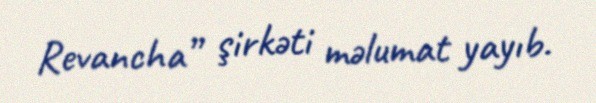
Revancha” şirkəti məlumat yayıb.